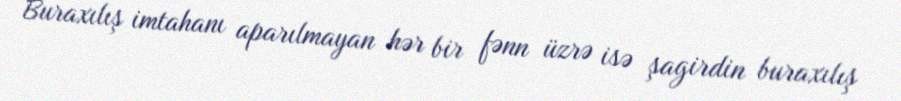
Buraxılış imtahanı aparılmayan hər bir fənn üzrə isə şagirdin buraxılış